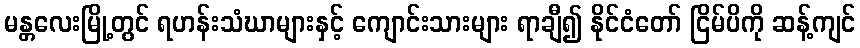
မန္တလေးမြို့တွင် ရဟန်းသံဃာများနှင့် ကျောင်းသားများ ရာချီ၍ နိုင်ငံတော် ငြိမ်ပိကို ဆန့်ကျင်